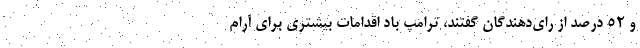
و ۵۲ درصد از رای‌دهندگان گفتند، ترامپ باد اقدامات بیشتری برای آرام